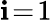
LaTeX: \mathbf{i}\! =\! 1